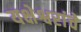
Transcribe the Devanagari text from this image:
यक्षेश्वरांचे